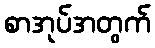
စာအုပ်အတွက်